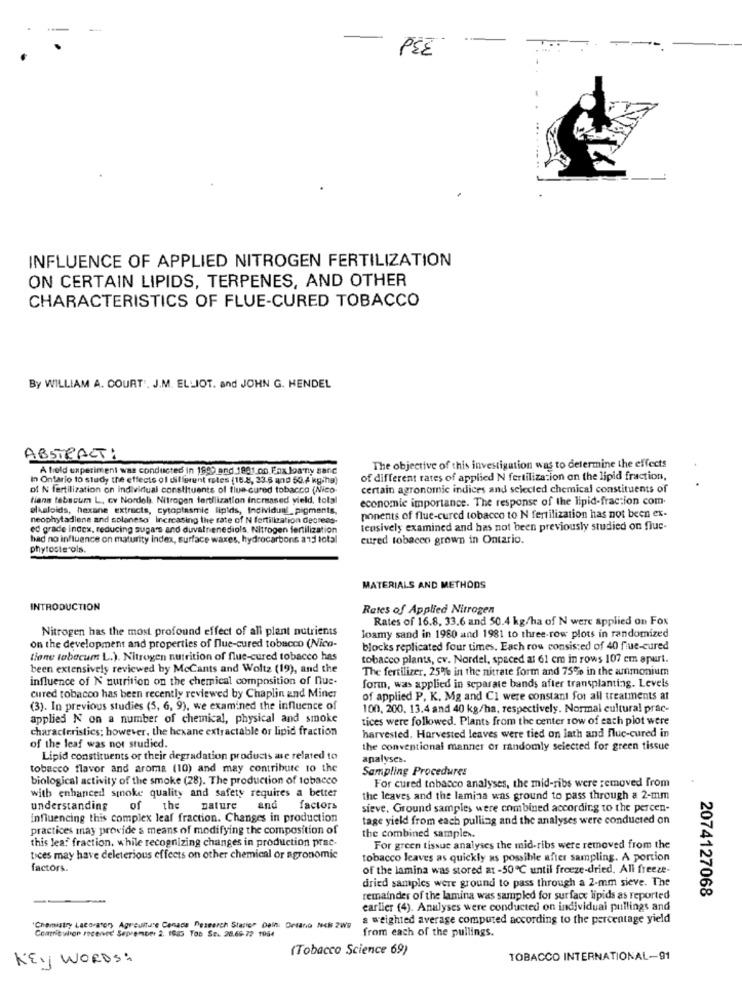
-
PEZ
INFLUENCE OF APPLIED NITROGEN FERTILIZATION
ON CERTAIN LIPIDS, TERPENES, AND OTHER
CHARACTERISTICS OF FLUE-CURED TOBACCO
By WILLIAM A. COURT . J.M. ELLIOT. and JOHN G. HENDEL
ABSTRACT:
A field experiment was conducted in 1999 and 1881.on. Fax Joanny sanc
The objective of this investigation was to determine the effects
In Ontario to study the effects of different retes (15.8, 23.6 and 50.4 kg/ha)
of different rates of applied N fertilization on the lipid fraction,
of N fertilization on individual constituents of flue-cured tobacco (Nico
certain agronomic indices and selected chemical constituents of
tiana tabacum L. cv Nordel). Nitrogen fertilization Increased yield, total
economie importance. The response of the lipid-fraction com.
alkaloids, hexane extracts, cytoplasmic lipids, Individual_pigments,
neophytadlene and solaneso Increasing the rate of N fertilization decreas-
ponents of flue-cured tobacco to N fertilization has not been ex-
ed grade index, reducing sugars and duvalnenediols. Nitrogen fertilization
teusively examined and has not been previously studied on fluc-
had no influence on maturity Index, surface waxes, hydrocarbons and total
cured tobacco grown in Ontario.
phytosterols.
MATERIALS AND METHODS
INTRODUCTION
Rates of Applied Nitrogen
Rates of 16.8, 33.6 and 50.4 kg/ha of N were applied on Fox
Nitrogen has the most profound effect of all plant nutrients
loamy sand in 1980 and 1981 to three-row plots in randomized
on the development and properties of flue-cured tobacco (Nico-
blocks replicated four times. Each row consisted of 40 flue-cured
tione tobecum L.). Nitrogen nutrition of flue-cured tobacco has
tobacco plants, cv. Nordel, spaced at 61 cm in rows 107 em apurt.
been extensively reviewed by McCants and Woltz (19), and the
The fertilizer, 25% in the nitrate form and 75% in the ammonium
influence of N nutrition on the chemical composition of nue-
form, was applied in separate bands after transplanting. Levels
cured tobacco has been recently reviewed by Chaplin and Miner
of applied P. K. Mg and Cl were constant for all treatments at
(3). In previous studies (3, 6, 9), we examined the influence of
100, 200. 13.4 and 40 kg/ha, respectively. Normal cultural prac-
applied N on a number of chemical, physical and smoke
tices were followed. Plants from the center row of each plot were
characteristics; however, the hexane extractable or lipid fraction
harvested. Harvested leaves were tied on lath and fluc-cured in
of the leaf was not studied.
the conventional manner or randomly selected for green tissue
Lipid constituents or their degradation products are related to
analyses.
tobacco flavor and aroma (10) and may contribute to the
Sampling Procedures
biological activity of the smoke (28). The production of tobacco
with enhanced smoke quality and safety requires a better
For cured tobacco analyses, the mid-ribs were removed from
the leaves and the lamina was ground to pass through a 2-mm
understanding
of th
nature
and
factors
sieve. Ground samples were combined according to the percen-
influencing this complex leaf fraction. Changes in production
tage yield from each pulling and the analyses were conducted on
practices may provide a means of modifying the composition of
the combined samples.
this lea:" fraction. while recognizing changes in production prac-
For green tissue analyses the mid-ribs were removed from the
tices may have deleterious effects on other chemical or agronomic
tobacco leaves as quickly as possible after sampling. A portion
factors.
of the lamina was stored at -50℃ until freeze-dried, All freeze-
dried samples were ground to pass through a 2-mm sieve. The
2074127068
remainder of the lamina was sampled for surface lipids as reported
earlier (4). Analyses were conducted on individual pullings and
a weighted average computed according to the percentage yield
"Chemistry Lacorator, Agrouitu'e Cenaos Research Static" Delhi Ortano Nci 2W9
Contribution received Seprember 2. 1955 Too Se. 28.66 72 1064
from each of the pullings.
(Tobacco Science 69)
KEY WORDS:
TOBACCO INTERNATIONAL-91